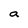
Character: a